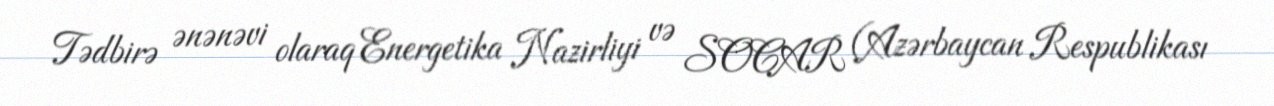
Tədbirə ənənəvi olaraq Energetika Nazirliyi və SOCAR (Azərbaycan Respublikası